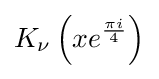
K_{\nu }\left(xe^{\frac {\pi i}{4}}\right)